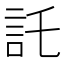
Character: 託